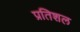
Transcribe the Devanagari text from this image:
प्रतिशल